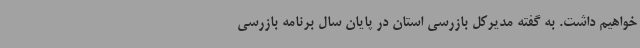
خواهیم داشت. به گفته مدیرکل بازرسی استان در پایان سال برنامه بازرسی